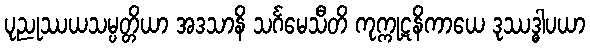
ပုညုဿယသမ္ပတ္တိယာ အဒသာနိ သင်္ဂမေသီတိ ကုက္ကုဋနိကာယေ ဒုဿဒ္ဓါပယာ